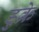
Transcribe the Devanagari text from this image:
डुक्रे